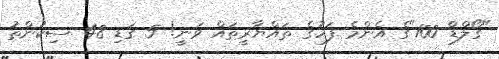
"ގޯލްޑް 100"ގެ އެންމެ ފަހުގެ ތައްޔާރީތައް ވަނީ! 5 ގަޑި 48 ސިކުންތު